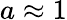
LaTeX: a\approx 1